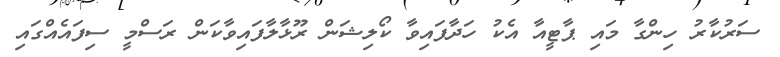
ސަރުކާރު ހިންގާ މައި ޕާޓީއާ އެކު ހަދާފައިވާ ކޯލިޝަން ރޫޅާލާފައިވާކަން ރަސްމީ ސިފައެއްގައި